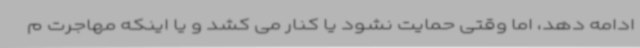
ادامه دهد، اما وقتی حمایت نشود یا کنار می کشد و یا اینکه مهاجرت م